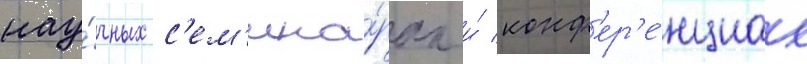
нау́чных с'ем'ина́рах и́ конф'ер'е́нциах